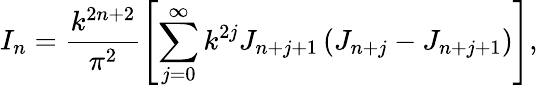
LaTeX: I_{n}=\frac{k^{2n+2}}{\pi^{2}}\left[\sum_{j=0}^{\infty}k^{2j}J_{n+j+1}\left(J_{n+j}-J_{n+j+1}\right)\right],